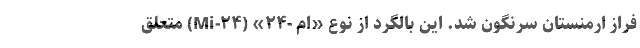
فراز ارمنستان سرنگون شد. این بالگرد از نوع «ام -۲۴» (Mi-۲۴) متعلق